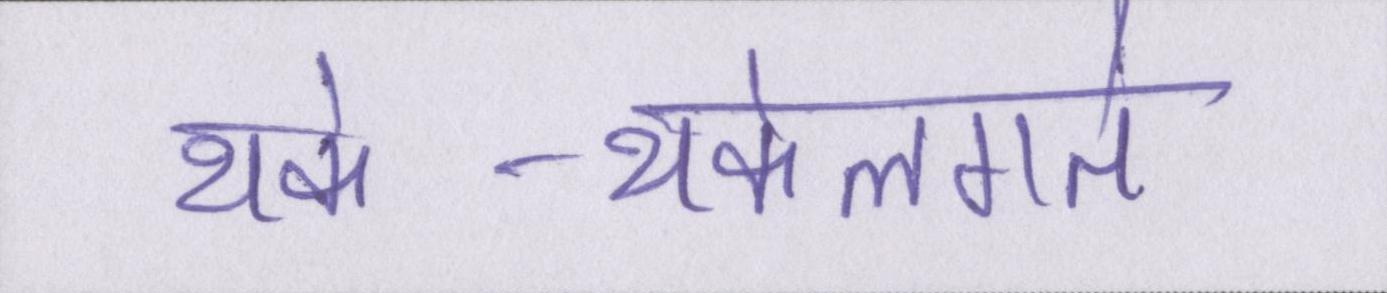
थके-थकेलगते